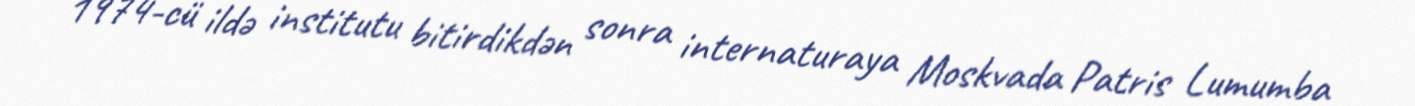
1974-cü ildə institutu bitirdikdən sonra internaturaya Moskvada Patris Lumumba